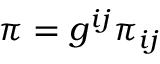
\pi = g ^ { i j } \pi _ { i j }